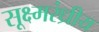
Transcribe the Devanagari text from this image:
सूक्ष्मरंध्रीय